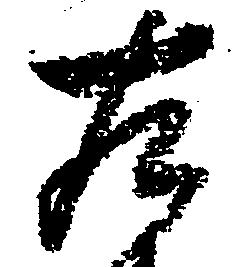
左